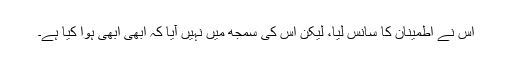
اس نے اطمینان کا سانس لیا، لیکن اس کی سمجھ میں نہیں آیا کہ ابھی ابھی ہوا کیا ہے۔